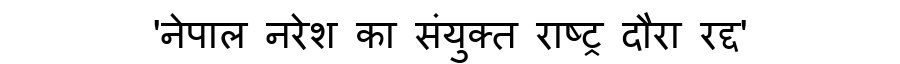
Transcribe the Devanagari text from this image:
'नेपाल नरेश का संयुक्त राष्ट्र दौरा रद्द'